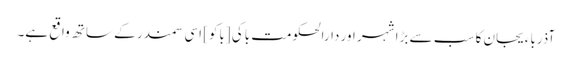
آذرباءیجان کا سب سے بڑا شہر اور دارالحکومت باکی [باکو] اسی سمندر کے ساتھ واقع ہے۔